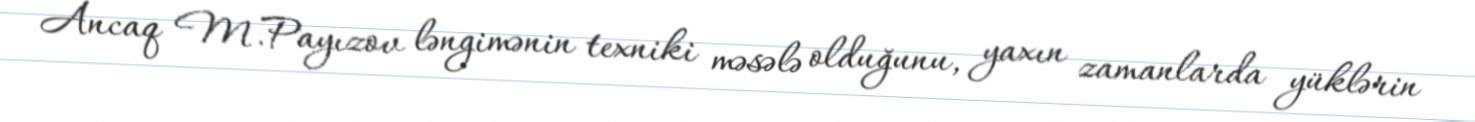
Ancaq M.Payızov ləngimənin texniki məsələ olduğunu, yaxın zamanlarda yüklərin